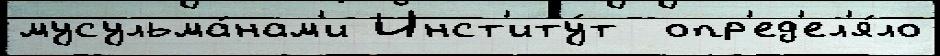
мусульма́нам'и Инст'иту́т  опр'ед'ел'я́ло